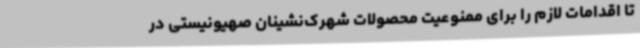
تا اقدامات لازم را برای ممنوعیت محصولات شهرک‌نشینان صهیونیستی در